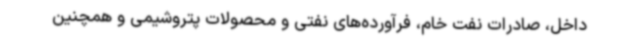
داخل، صادرات نفت خام، فرآورده‌های نفتی و محصولات پتروشیمی و همچنین